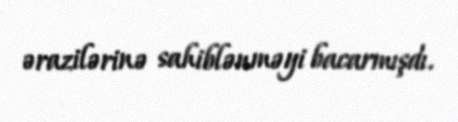
ərazilərinə sahiblənməyi bacarmışdı.